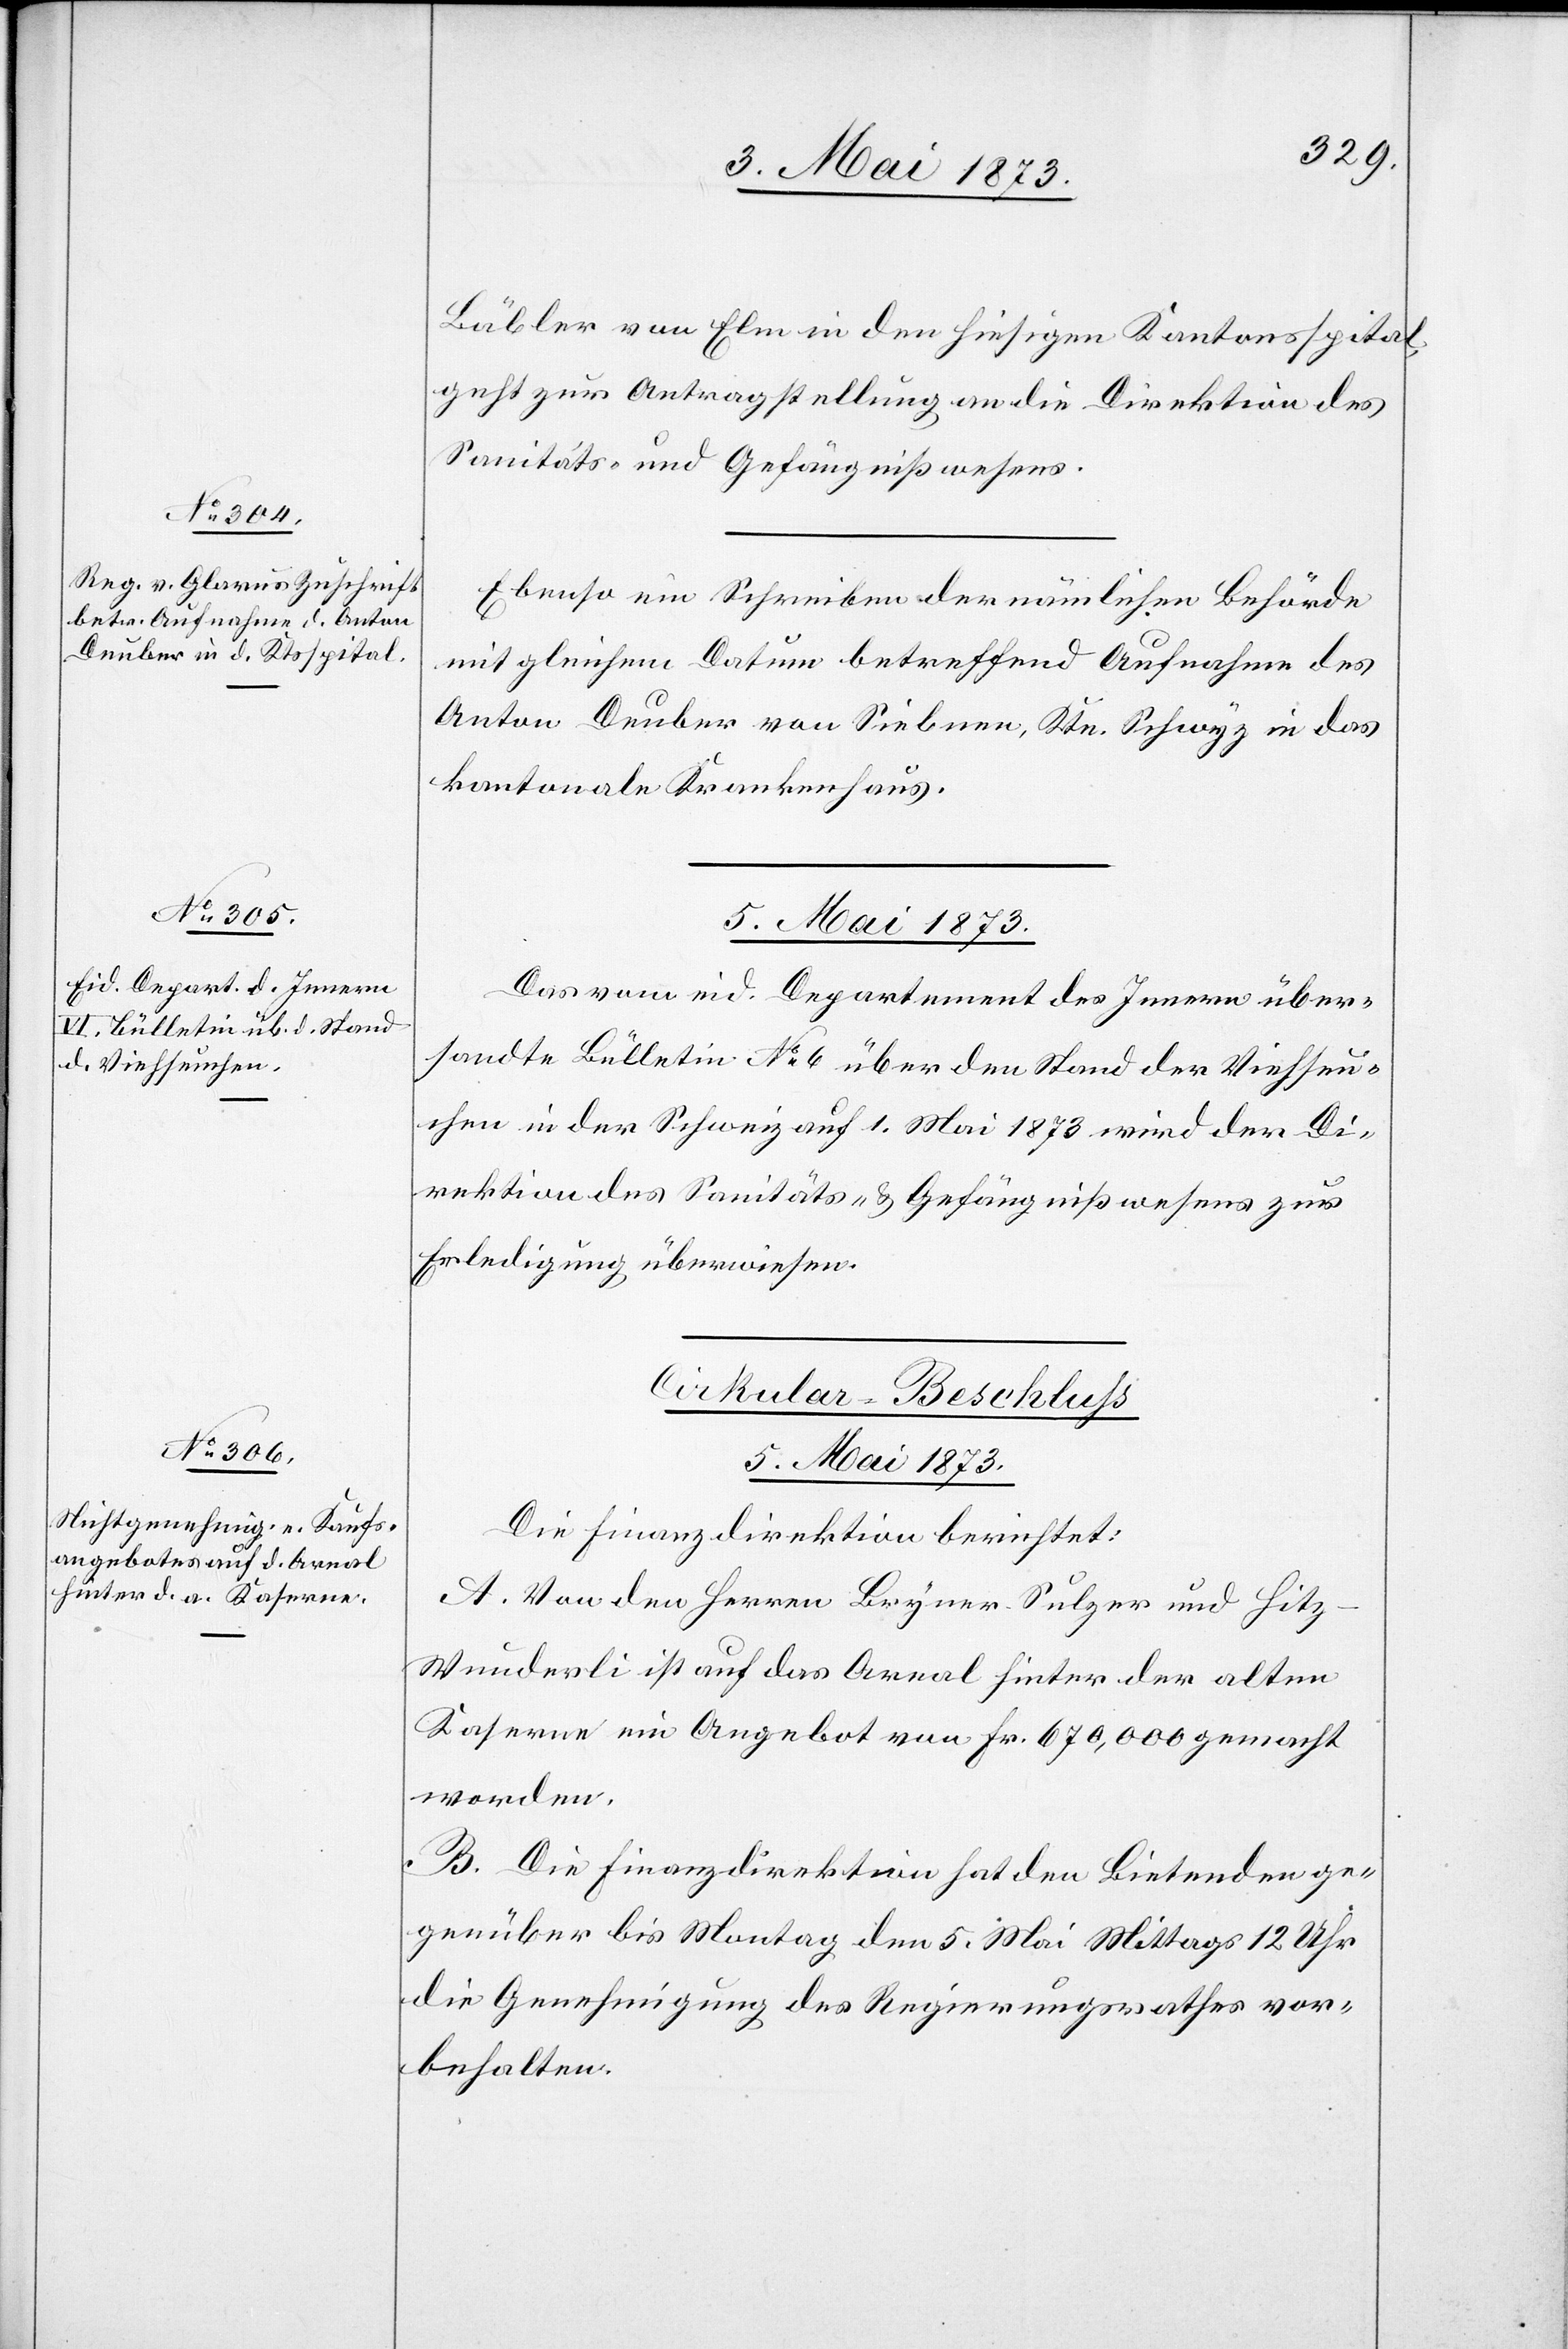
Bäbler von Elm in den hiesigen Kantonsspital,
geht zur Antragstellung an die Direktion des
Sanitäts- und Gefängnißwesens.
Ebenso ein Schreiben der nämlichen Behörde
mit gleichem Datum betreffend Aufnahme des
Anton Deuber von Siebnen, Ktn. Schwyz in das
kantonale Krankenhaus.
5. Mai 1873.
Das vom eid. Departement des Innern über¬
sandte Bülletin No 6 über den Stand der Viehseu¬
chen in der Schweiz auf 1. Mai 1873 wird der Di¬
rektion des Sanitäts- & Gefängnißwesens zur
Erledigung überwiesen.
Cirkular-Beschluss
5. Mai 1873.
Die Finanzdirektion berichtet:
A. Von den Herren Bryner-Sulzer und Hitz-W¬
underli ist auf das Areal hinter der alten
Kaserne ein Angebot von Fr. 670,000 gemacht
worden.
B. Die Finanzdirektion hat den Bietenden ge¬
genüber bis Montag den 5. Mai Mittags 12 Uhr
die Genehmigung des Regierungsrathes vor¬
behalten.